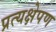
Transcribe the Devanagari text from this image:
प्रत्यक्षेपण